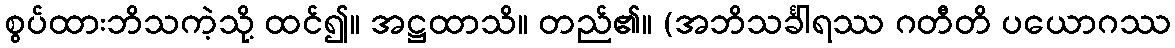
စွပ်ထားဘိသကဲ့သို့ ထင်၍။ အဋ္ဌထာသိ။ တည်၏။ (အဘိသင်္ခါရဿ ဂတီတိ ပယောဂဿ